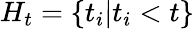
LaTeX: H_{t}=\{ t_{i}|t_{i}<t\}